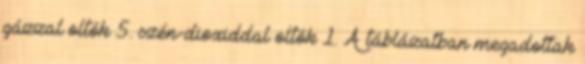
gázzal oltók 5. szén-dioxiddal oltók 1. A táblázatban megadottak